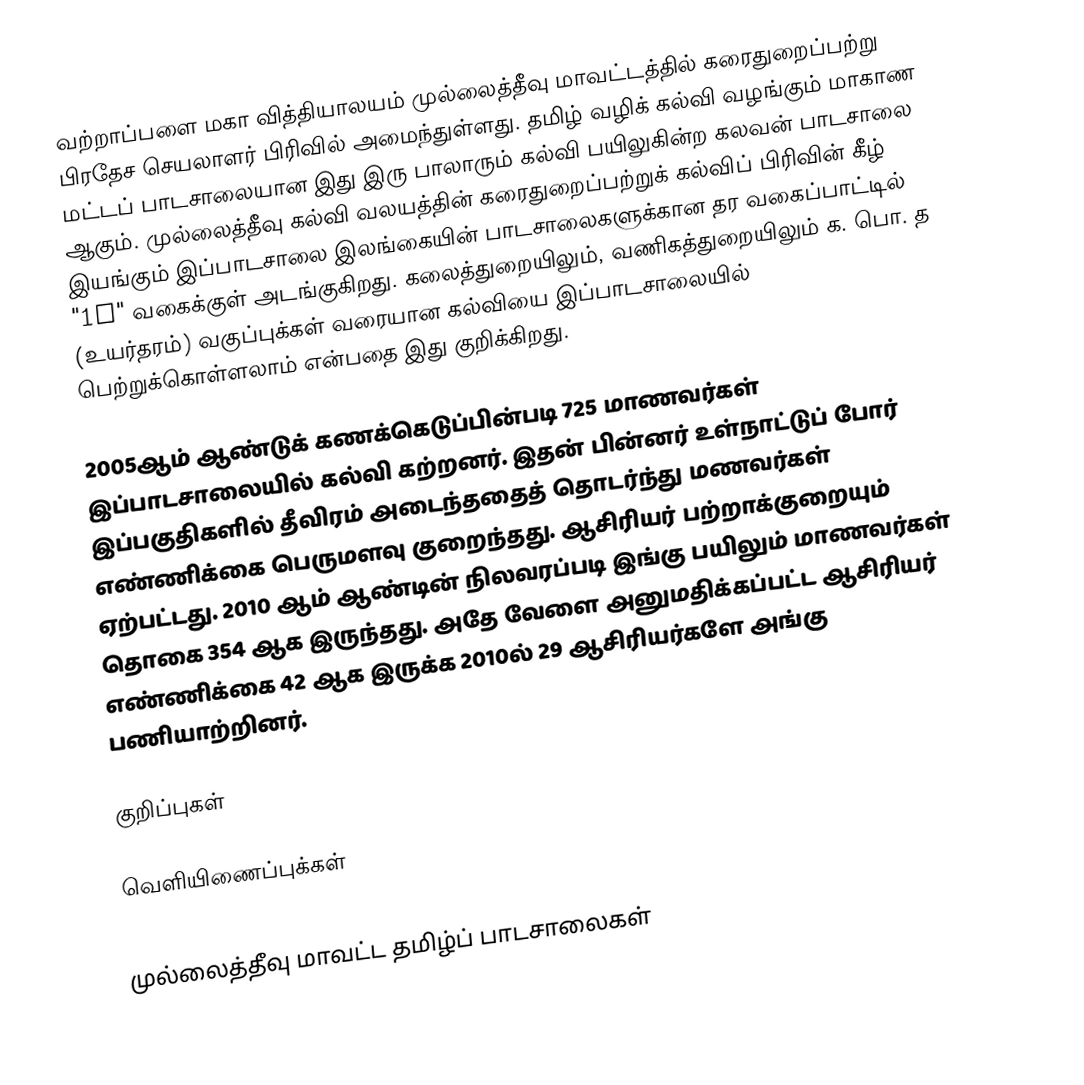
வற்றாப்பளை மகா வித்தியாலயம் முல்லைத்தீவு மாவட்டத்தில் கரைதுறைப்பற்று பிரதேச செயலாளர் பிரிவில் அமைந்துள்ளது. தமிழ் வழிக் கல்வி வழங்கும் மாகாண மட்டப் பாடசாலையான இது இரு பாலாரும் கல்வி பயிலுகின்ற கலவன் பாடசாலை ஆகும். முல்லைத்தீவு கல்வி வலயத்தின் கரைதுறைப்பற்றுக் கல்விப் பிரிவின் கீழ் இயங்கும் இப்பாடசாலை இலங்கையின் பாடசாலைகளுக்கான தர வகைப்பாட்டில் "1C" வகைக்குள் அடங்குகிறது. கலைத்துறையிலும், வணிகத்துறையிலும் க. பொ. த (உயர்தரம்) வகுப்புக்கள் வரையான கல்வியை இப்பாடசாலையில் பெற்றுக்கொள்ளலாம் என்பதை இது குறிக்கிறது.

2005ஆம் ஆண்டுக் கணக்கெடுப்பின்படி 725 மாணவர்கள் இப்பாடசாலையில் கல்வி கற்றனர். இதன் பின்னர் உள்நாட்டுப் போர் இப்பகுதிகளில் தீவிரம் அடைந்ததைத் தொடர்ந்து மணவர்கள் எண்ணிக்கை பெருமளவு குறைந்தது. ஆசிரியர் பற்றாக்குறையும் ஏற்பட்டது. 2010 ஆம் ஆண்டின் நிலவரப்படி இங்கு பயிலும் மாணவர்கள் தொகை 354 ஆக இருந்தது. அதே வேளை அனுமதிக்கப்பட்ட ஆசிரியர் எண்ணிக்கை 42 ஆக இருக்க 2010ல் 29 ஆசிரியர்களே அங்கு பணியாற்றினர்.

குறிப்புகள்

வெளியிணைப்புக்கள்

முல்லைத்தீவு மாவட்ட தமிழ்ப் பாடசாலைகள்